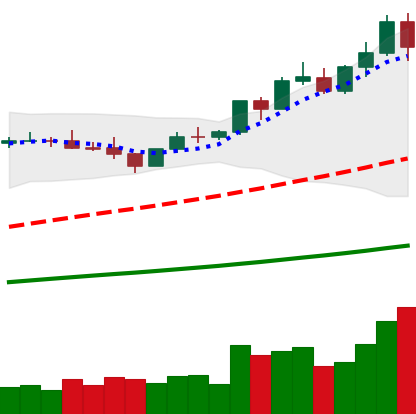
Ticker: BNB-USD
Chart end date: 2021-04-07
Forward return: 59.805%
Label: up_7plus